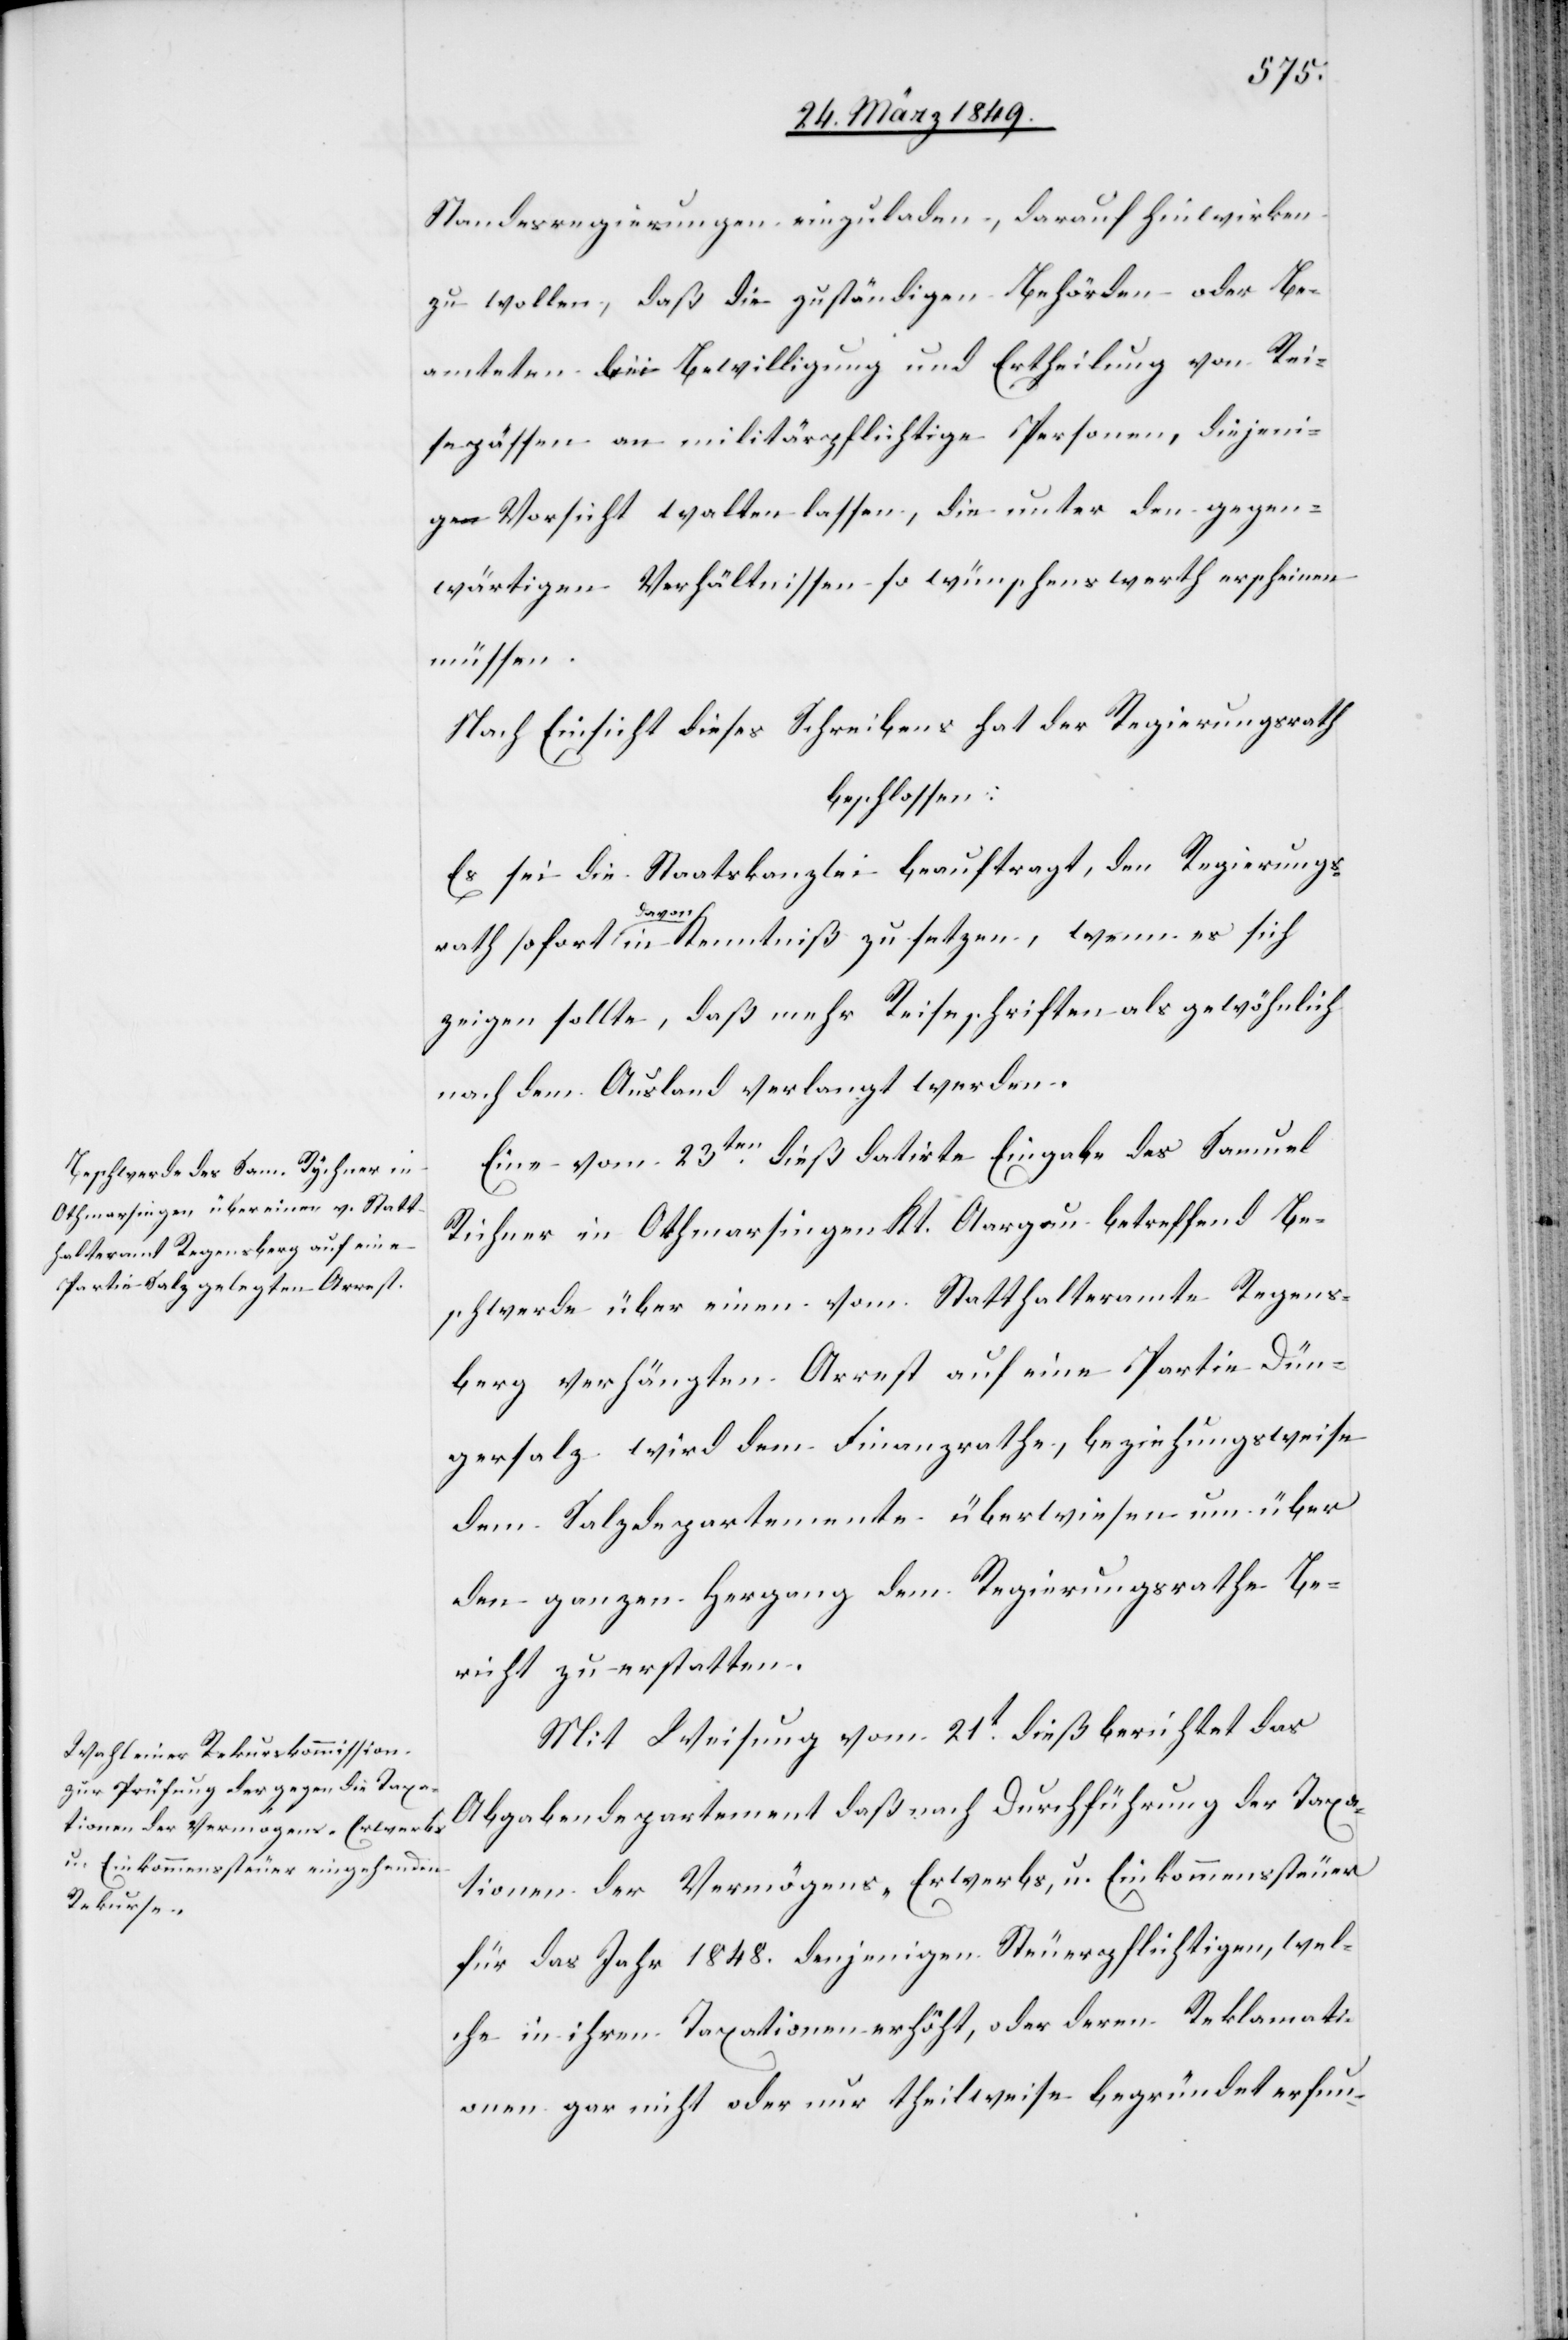
Standesregierungen einzuladen, darauf hinwirken
zu wollen, daß die zuständigen Behörden oder Be¬
amteten [?bei] Bewilligung und Ertheilung von Rei¬
sepässen an militärpflichtige Personen, diejeni¬
ge Vorsicht walten lassen, die unter den gegen¬
wärtigen Verhältnissen so wünschenswerth erscheinen
müssen
Nach Einsicht dieses Schreibens hat der Regierungsrath
beschlossen:
Es sei die Staatskanzlei beauftragt, den Regierungs¬
rath sofort davon in Kenntniß zu setzen, wenn es sich
zeigen sollte, daß mehr Reiseschriften als gewöhnlich
nach dem Ausland verlangt werden.
Eine vom 23ten. dieß datirte Eingabe des Samuel
[sic!] in Othmarsingen Kt. Aargau betreffend Be¬
schwerde über einen vom Statthalteramte Regens¬
berg verhängten Arrest auf eine Partie Dün¬
gersalz wird dem Finanzrathe, beziehungsweise
dem Salzdepartemente überwiesen um über
den ganzen Hergang dem Regierungsrathe Be¬
richt zu erstatten.
Mit Weisung vom 21t. dieß berichtet das
Abgabendepartement daß nach Durchführung der Taxa¬
tionen der Vermögens- Erwerbs, u. Einkommenssteuer
für das Jahr 1848. denjenigen Steuerpflichtigen, wel¬
che in ihren Taxationen erhöht, oder deren Reklamati¬
onen gar nicht oder nur theilweise begründet erfund-